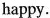
happy.